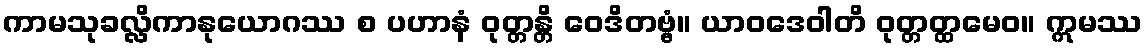
ကာမသုခလ္လိကာနုယောဂဿ စ ပဟာနံ ဝုတ္တန္တိ ဝေဒိတဗ္ဗံ။ ယာဝဒေဝါတိ ဝုတ္တတ္ထမေဝ။ ဣမဿ